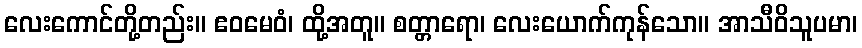
လေးကောင်တို့တည်း။ ဧဝမေဝံ၊ ထို့အတူ။ စတ္တာရော၊ လေးယောက်ကုန်သော။ အာသီဝိသူပမာ၊